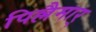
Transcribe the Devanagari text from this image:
पिल्लैमार्